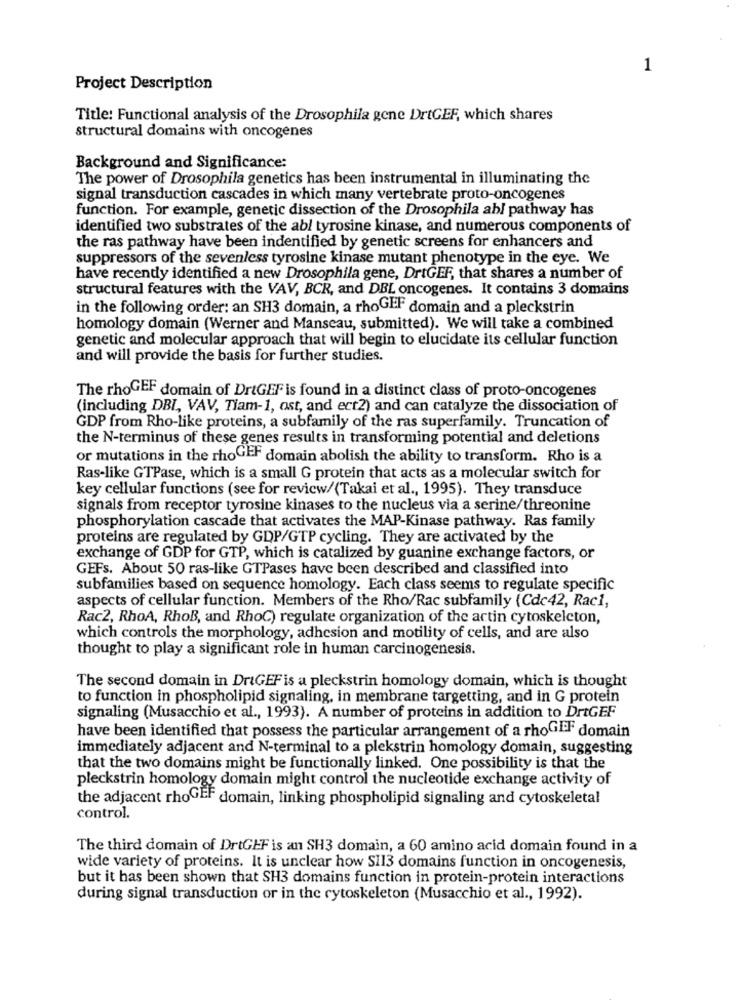
1
Project Description
Title: Functional analysis of the Drosophila gene DrtGEF, which shares
structural domains with oncogenes
Background and Significance:
The power of Drosophila genetics has been instrumental in illuminating the
signal transduction cascades in which many vertebrate proto-oncogenes
function. For example, genetic dissection of the Drosophila abl pathway has
identified two substrates of the abl tyrosine kinase, and numerous components of
the ras pathway have been indentified by genetic screens for enhancers and
suppressors of the sevenless tyrosine kinase mutant phenotype in the eye. We
have recently identified a new Drosophila gene, DrtGEF, that shares a number of
structural features with the VAV, BCR, and DBL oncogenes. It contains 3 domains
in the following order: an SH3 domain, a rhoGEF domain and a pleckstrin
homology domain (Werner and Manseau, submitted). We will take a combined
genetic and molecular approach that will begin to elucidate its cellular function
and will provide the basis for further studies.
The rhoGEF domain of DrtGEF is found in a distinct class of proto-oncogenes
(including DBI, VAV, Tiam-1, ost, and ect2) and can catalyze the dissociation of
GDP from Rho-like proteins, a subfamily of the ras superfamily. Truncation of
the N-terminus of these genes results in transforming potential and deletions
or mutations in the rhoGEF domain abolish the ability to transform. Rho is a
Ras-like GTPase, which is a small G protein that acts as a molecular switch for
key cellular functions (see for revicw/(Takai et al ., 1995). They transduce
signals from receptor tyrosine kinases to the nucleus via a serine/threonine
phosphorylation cascade that activates the MAP-Kinase pathway. Ras family
proteins are regulated by GDP/GTP cycling. They are activated by the
exchange of GDP for GTP, which is catalized by guanine exchange factors, or
GEFs. About 50 ras-like GTPases have been described and classified into
subfamilies based on sequence homology. Each class seems to regulate specific
aspects of cellular function. Members of the Rho/Rac subfamily (Cdc42, Rac1,
Rac2, RhoA, RhoB, and RhoC) regulate organization of the actin cytoskeleton,
which controls the morphology, adhesion and motility of cells, and are also
thought to play a significant role in human carcinogenesis.
The second domain in DriGEF is a pleckstrin homology domain, which is thought
to function in phospholipid signaling, in membrane targetting, and in G protein
signaling (Musacchio et al ., 1993). A number of proteins in addition to DrtGEF
have been identified that possess the particular arrangement of a rhoGleF domain
immediately adjacent and N-terminal to a plekstrin homology domain, suggesting
that the two domains might be functionally linked. One possibility is that the
pleckstrin homology domain might control the nucleotide exchange activity of
the adjacent rhoGEF domain, linking phospholipid signaling and cytoskeletal
control.
The third domain of DrtGEF is an SH3 domain, a 60 amino acid domain found in a
wide variety of proteins. It is unclear how SI13 domains function in oncogenesis,
but it has been shown that SH3 domains function in protein-protein interactions
during signal transduction or in the cytoskeleton (Musacchio et al ., 1992).